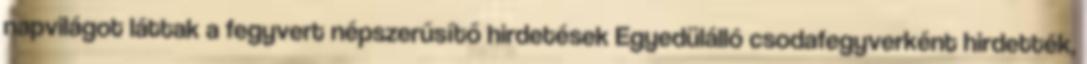
napvilágot láttak a fegyvert népszerűsítő hirdetések Egyedülálló csodafegyverként hirdették,